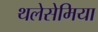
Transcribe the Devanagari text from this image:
थलेसेमिया